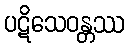
ပဋိသေဝန္တဿ